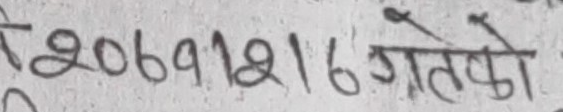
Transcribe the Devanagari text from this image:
२०७१।२।१६ गतेको